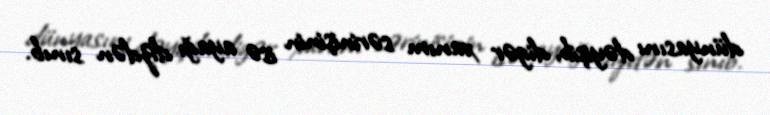
dünyasını dəyişib, digər xanım sərinişinin isə ayağı dizdən sınıb.